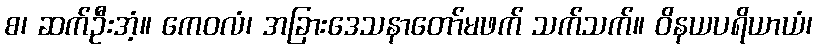
စ၊ ဆက်ဦးအံ့။ ကေဝလံ၊ အခြားဒေသနာတော်မဖက် သက်သက်။ ဝိနယပရိယာယံ၊